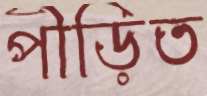
পীড়িত